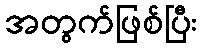
အတွက်ဖြစ်ပြီး